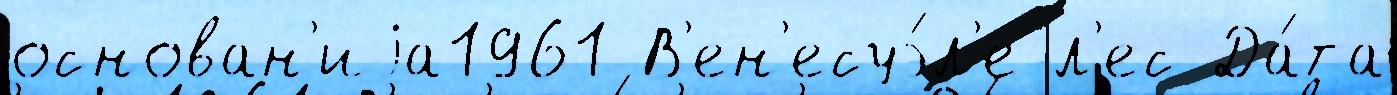
основан'иjа1961 В'ен'есуэ́л'е л'ес Да́та